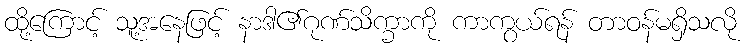
ထို့ကြောင့် သူ့အနေဖြင့် နာဒါ၏ဂုဏ်သိက္ခာကို ကာကွယ်ရန် တာဝန်မရှိသလို